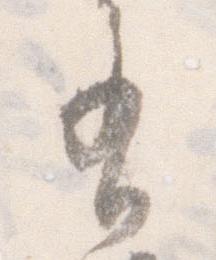
有